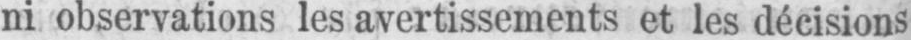
ni observations les avertissements et les décisions